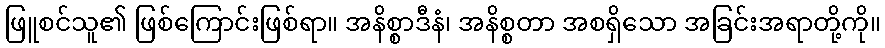
ဖြူစင်သူ၏ ဖြစ်ကြောင်းဖြစ်ရာ။ အနိစ္စာဒီနံ၊ အနိစ္စတာ အစရှိသော အခြင်းအရာတို့ကို။